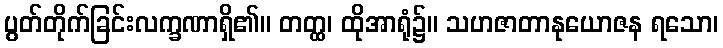
ပွတ်တိုက်ခြင်းလက္ခဏာရှိ၏။ တတ္ထ၊ ထိုအာရုံ၌။ သဟဇာတာနုယောဇန ရသော၊